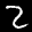
Label: 2